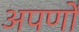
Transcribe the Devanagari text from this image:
अपणों